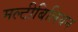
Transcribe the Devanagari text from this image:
मल्टीबिलियन